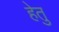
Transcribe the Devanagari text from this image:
हेेतु